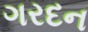
ગરદન